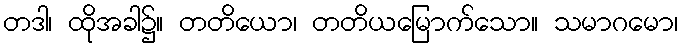
တဒါ၊ ထိုအခါ၌။ တတိယော၊ တတိယမြောက်သော။ သမာဂမော၊